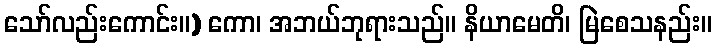
သော်လည်းကောင်း။) ကော၊ အဘယ်ဘုရားသည်။ နိယာမေတိ၊ မြဲစေသနည်း။